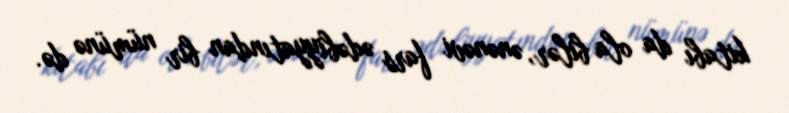
kitabı da ola bilər, ənənəvi fars ədəbiyyatından bir nümünə də.